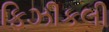
ફિઝીકલી